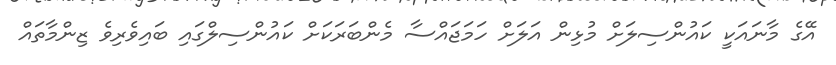
އޭގެ މާނައަކީ ކައުންސިލަށް މުޅިން އަލަށް ހަމަޖައްސާ މެންބަރަކަށް ކައުންސިލްގައި ބައިވެރިވެ ޒިންމާތައް